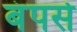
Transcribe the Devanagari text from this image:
बंपर्स